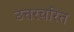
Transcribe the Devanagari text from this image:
उत्तरचरित